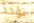
تؤخذ